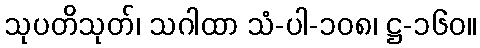
သုပတိသုတ်၊ သဂါထာ သံ-ပါ-၁၀၈၊ ဋ္ဌ-၁၆၀။